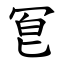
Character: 冟